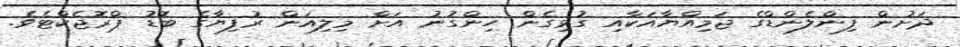
ދަށުން ފިންލެންޑްގެ ޖަމިއްޔާއަކާއި ގުޅިގެން ހިންގުނު އަށް މިލިއަން ރުފިޔާގެ ބޮޑު ޕްރޮޖެކްޓެވެ.